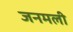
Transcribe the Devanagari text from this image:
जनमली